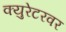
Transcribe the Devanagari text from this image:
क्युरेटरवर